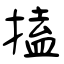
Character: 搕